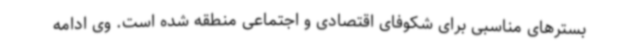
بسترهای مناسبی برای شکوفای اقتصادی و اجتماعی منطقه شده است. وی ادامه